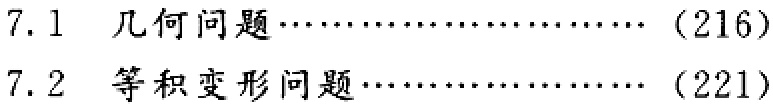
7.1 几何问题\cdots\cdots\cdots\cdots\cdots\cdots\cdots\cdots (216)\\

7.2 等积变形问题\cdots\cdots\cdots\cdots\cdots\cdots\cdots\cdots (221)